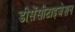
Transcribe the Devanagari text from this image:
डीसेंसीटाइजेशन